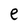
Character: e